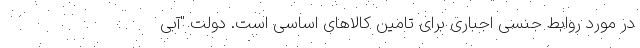
در مورد روابط جنسی اجباری برای تامین کالاهای اساسی است. دولت "آبی